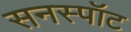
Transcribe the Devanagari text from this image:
सनस्पॉट